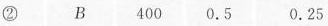
② B 400 0.5 0.25